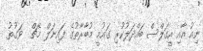
ނިއު އާއި އީގަލްސް ބައްދަލުކުރި ގައުމީ މުބާރާތުގެ ފައިނަލް މެޗް  ވަގުތު